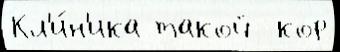
Кл'и́н'ика такой  кор